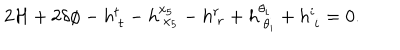
LaTeX: 2 { \cal H } + 2 \delta \phi - h _ { ~ t } ^ { t } - h _ { ~ x _ { 5 } } ^ { x _ { 5 } } - h _ { ~ r } ^ { r } + h _ { ~ \theta _ { i } } ^ { \theta _ { i } } + h _ { ~ i } ^ { i } = 0 .